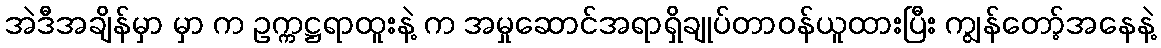
အဲဒီအချိန်မှာ မှာ က ဥက္ကဋ္ဌရာထူးနဲ့ က အမှုဆောင်အရာရှိချုပ်တာဝန်ယူထားပြီး ကျွန်တော့်အနေနဲ့